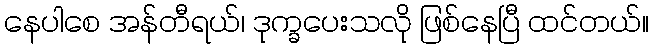
နေပါစေ အန်တီရယ်၊ ဒုက္ခပေးသလို ဖြစ်နေပြီ ထင်တယ်။